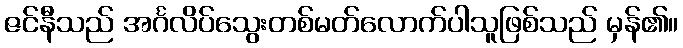
ဇင်နီသည် အင်္ဂလိပ်သွေးတစ်မတ်လောက်ပါသူဖြစ်သည် မှန်၏။